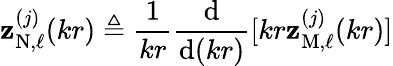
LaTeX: \mathbf{z}_{\mathrm{{N}},\ell}^{(j)}(kr)\triangleq\frac{{1}}{{kr}}\frac{{\mathrm{{d}}}}{{\mathrm{{d}}(kr)}}[kr\mathbf{z}_{\mathrm{{M}},\ell}^{(j)}(kr)]